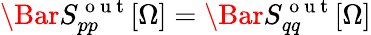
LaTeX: \Bar{S}_{pp}^{\mathrm{~o~u~t~}}[\Omega]=\Bar{S}_{qq}^{\mathrm{~o~u~t~}}[\Omega]